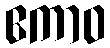
ဧကာဝ